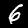
Digit: 6